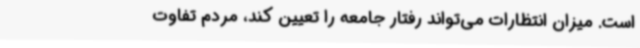
است. میزان انتظارات می‌تواند رفتار جامعه را تعیین کند، مردم تفاوت